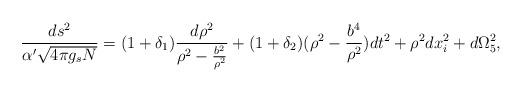
LaTeX: \begin{align*}\frac{ds^2}{\alpha'\sqrt{4\pi g_sN}}=(1+\delta_1)\frac{d\rho^2}{\rho^2-\frac{b^2}{\rho^2}}+(1+\delta_2)(\rho^2-\frac{b^4}{\rho^2})dt^2+\rho^2dx_i^2+d\Omega_5^2,\end{align*}